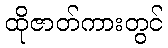
ထိုဇာတ်ကားတွင်